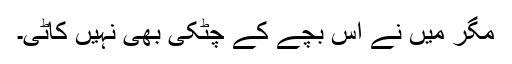
مگر میں نے اس بچے کے چٹکی بھی نہیں کاٹی۔